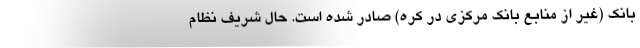
بانک (غیر از منابع بانک مرکزی در کره) صادر شده است. حال شریف نظام